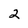
Character: 2